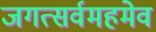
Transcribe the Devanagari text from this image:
जगत्सर्वमहमेव